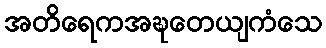
အတိရေကအဍ္ဎတေယျကံသေ